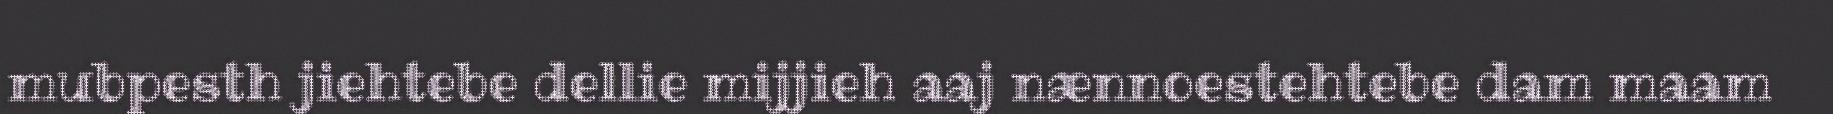
mubpesth jiehtebe dellie mijjieh aaj nænnoestehtebe dam maam